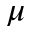
\mu